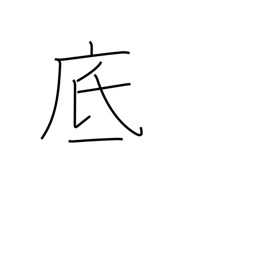
Meaning: bottom